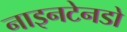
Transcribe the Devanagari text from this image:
नाइनटेनडो